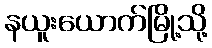
နယူးယောက်မြို့သို့